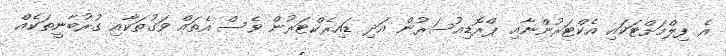
އެ ފިލްމަށްޓަކައި އެކްޓަރުންނާއި ޕްރޮޑިއުސަރުން އަދި ޑައިރެކްޓަރުން ވެސް އެތައް ވަގުތަކާއި ގުރުބާނީތަކެއް